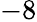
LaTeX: -8